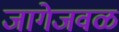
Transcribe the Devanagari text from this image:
जागेजवळ